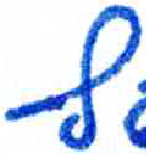
אות: ף